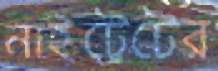
নাইট্রেটের